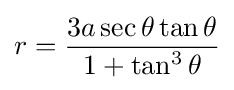
r={\frac {3a\sec \theta \tan \theta }{1+\tan ^{3}\theta }}